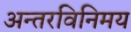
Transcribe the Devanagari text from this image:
अन्तरविनिमय